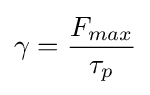
\gamma ={\frac {F_{max}}{\tau _{p}}}